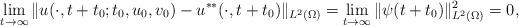
LaTeX: \begin{align*}\lim_{t \to \infty}\|u(\cdot, t+t_0;t_0,u_0,v_0)-u^{**}(\cdot, t+t_0)\|_{L^2(\Omega)}=\lim_{t \to \infty}\|\psi( t+t_0)\|^2_{L^2(\Omega)}=0,\end{align*}